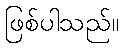
ဖြစ်ပါသည်။